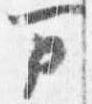
万